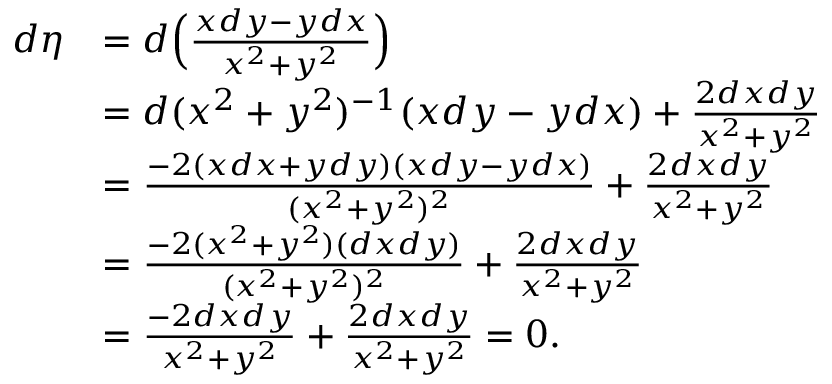
\begin{array} { r l } { d \eta } & { = d \Big ( \frac { x d y - y d x } { x ^ { 2 } + y ^ { 2 } } \Big ) } \\ & { = d ( x ^ { 2 } + y ^ { 2 } ) ^ { - 1 } ( x d y - y d x ) + \frac { 2 d x d y } { x ^ { 2 } + y ^ { 2 } } } \\ & { = \frac { - 2 ( x d x + y d y ) ( x d y - y d x ) } { ( x ^ { 2 } + y ^ { 2 } ) ^ { 2 } } + \frac { 2 d x d y } { x ^ { 2 } + y ^ { 2 } } } \\ & { = \frac { - 2 ( x ^ { 2 } + y ^ { 2 } ) ( d x d y ) } { ( x ^ { 2 } + y ^ { 2 } ) ^ { 2 } } + \frac { 2 d x d y } { x ^ { 2 } + y ^ { 2 } } } \\ & { = \frac { - 2 d x d y } { x ^ { 2 } + y ^ { 2 } } + \frac { 2 d x d y } { x ^ { 2 } + y ^ { 2 } } = 0 . } \end{array}